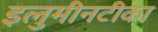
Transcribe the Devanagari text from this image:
इलुमीनटीका